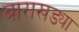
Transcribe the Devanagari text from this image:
बाराखड्या